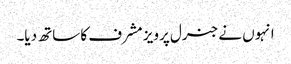
انہوں نے جنرل پرویز مشرف کا ساتھ دیا۔